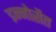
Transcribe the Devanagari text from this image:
इन्नोसेंत